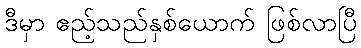
ဒီမှာ ဧည့်သည်နှစ်ယောက် ဖြစ်လာပြီ